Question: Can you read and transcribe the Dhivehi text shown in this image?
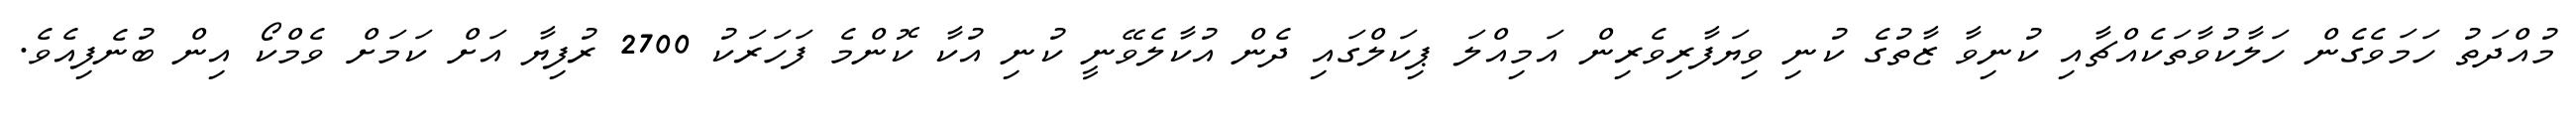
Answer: މުއްދަތު ހަމަވެގެން ހަލާކުވާތަކެއްޗާއި ކުނިވާ ޒާތުގެ ކުނި ވިޔަފާރިވެރިން އަމިއްލަ ޕިކަލްގައި ދެން އުކާލެވޭނީ ކުނި އުކާ ކޮންމެ ފަހަރަކު 2700 ރުފިޔާ އަށް ކަމަށް ވެމްކޯ އިން ބުނެފިއެވެ.